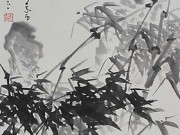
绿竹半含箨，新梢才出墙。